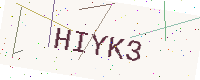
Text: HIYK3